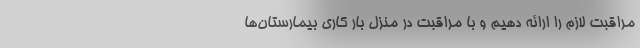
مراقبت لازم را ارائه دهیم و با مراقبت در منزل بار کاری بیمارستان‌ها